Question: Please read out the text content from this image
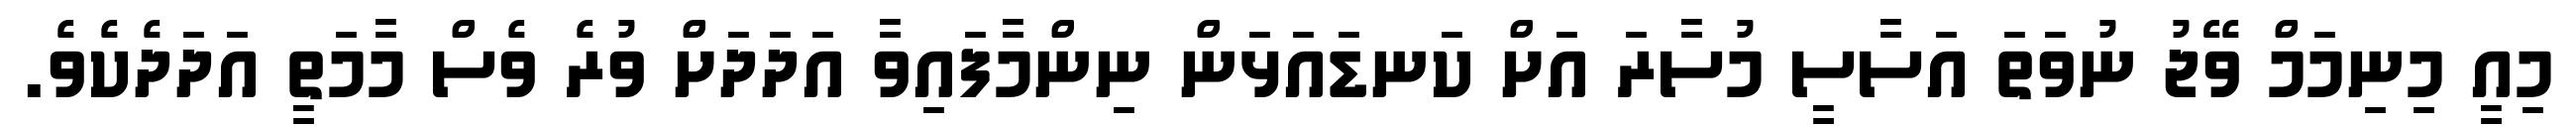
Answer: މިއީ މިނިމަމް ވޭޖު ނުވަތަ އަސާސީ މުސާރަ އަށް ކަނޑައަޅަން ނިންމާފައިވާ އަދަދަށް ވުރެ ވެސް މާމަތީ އަދަދެކެވެ.